Report on vaccination North-West Frontier Province 1904-1922 - 1904-1922
Year: 1904
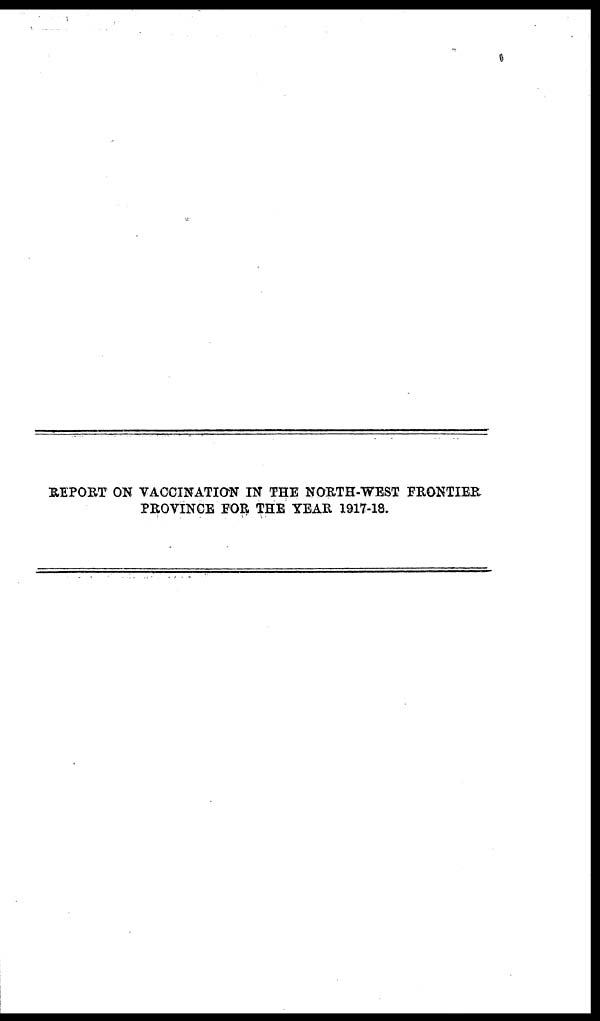
REPORT ON VACCINATION IN THE NORTH-WEST FRONTIER
PROVINCE FOR THE YEAR 1917-18.